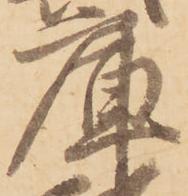
庫